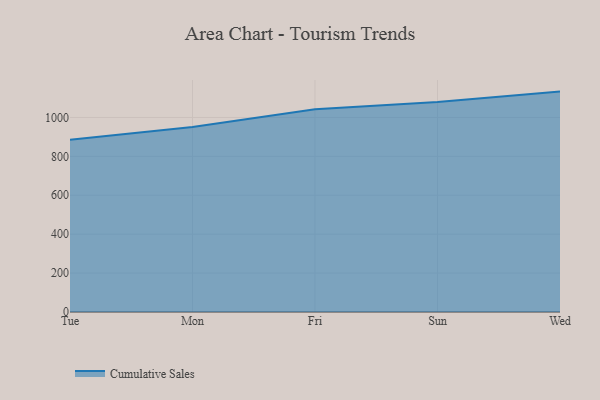
{"axis": {"x": "Day", "y": "Active Users"}, "legend": ["Cumulative Sales"], "data": [{"x": "Tue", "y": 884.9, "type": "Cumulative Sales"}, {"x": "Mon", "y": 951.0, "type": "Cumulative Sales"}, {"x": "Fri", "y": 1042.2, "type": "Cumulative Sales"}, {"x": "Sun", "y": 1079.1, "type": "Cumulative Sales"}, {"x": "Wed", "y": 1132.9, "type": "Cumulative Sales"}]}